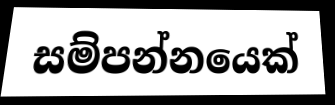
සම්පන්නයෙක්